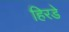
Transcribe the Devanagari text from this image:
हिरडे